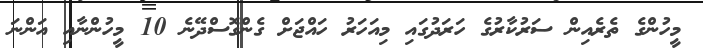
މީހުންގެ ތެރެއިން ސަރުކާރުގެ ހަރަދުގައި މިއަހަރު ހައްޖަށް ގެންގޮސްދޭނެ 10 މީހުންނާއި އަންނަ